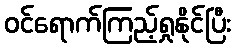
ဝင်ရောက်ကြည့်ရှုနိုင်ပြီး